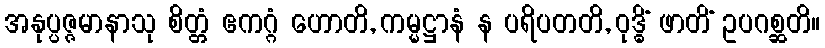
အနုပ္ပဇ္ဇမာနာသု စိတ္တံ ဧကဂ္ဂံ ဟောတိ, ကမ္မဋ္ဌာနံ န ပရိပတတိ, ဝုဒ္ဓိံ ဖာတိံ ဥပဂစ္ဆတိ။